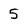
Character: 5